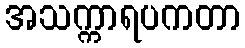
အသက္ကာရပကတာ